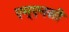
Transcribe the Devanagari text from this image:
एम्एनसी